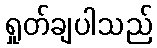
ရှုတ်ချပါသည်